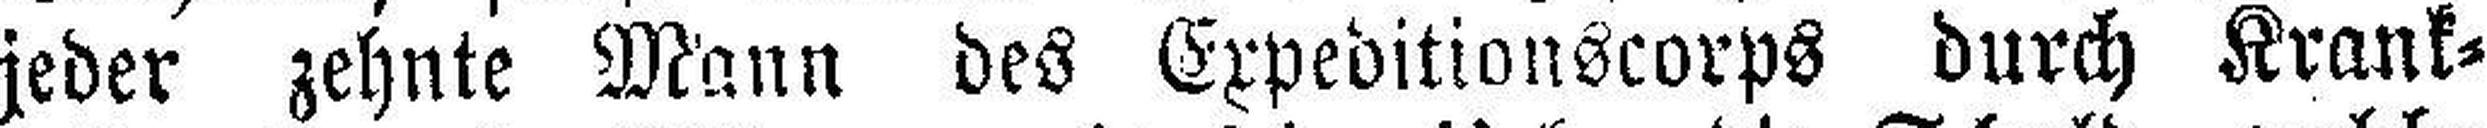
jeder zehnte Mann des Expebitionscorps durch Krank¬